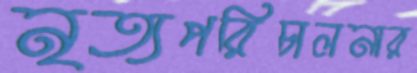
নৃত্যপরিচালনার